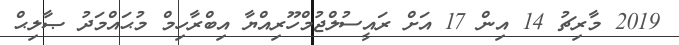
2019 މާރިޗު 14 އިން 17 އަށް ރައީސުލްޖުމްހޫރިއްޔާ އިބްރާހިމް މުޙައްމަދު ޞާލިޙް